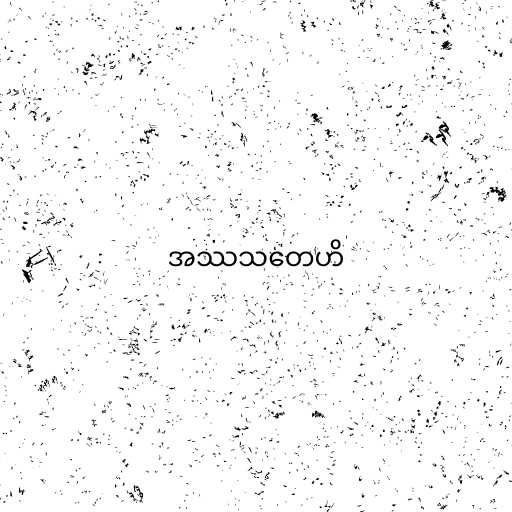
အဿသတေဟိ